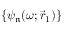
\{ \psi _ { \mathfrak { n } } ( \omega ; \vec { r } _ { 1 } ) \}